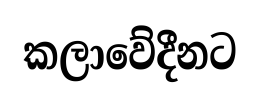
කලාවේදීනට